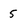
Character: 5